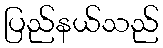
ပြည်နယ်သည်